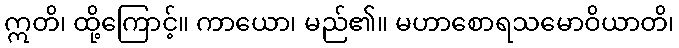
ဣတိ၊ ထို့ကြောင့်။ ကာယော၊ မည်၏။ မဟာစောရသမောဝိယာတိ၊